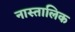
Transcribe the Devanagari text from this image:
नास्तालिक